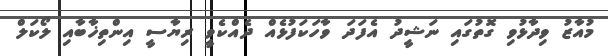
މުއާޒު ވިދާޅުވި ގޮތުގައި ނަޝީދު އެފަދަ ވާހަކަފުޅެއް ދެއްކެވީ ރިޔާސީ އިންތިޚާބާއި ލޯކަލް